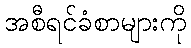
အစီရင်ခံစာများကို